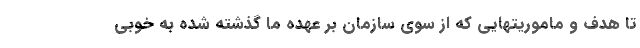
تا هدف و ماموریتهایی که از سوی سازمان بر عهده ما گذشته شده به خوبی